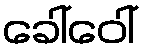
ခေါ်ဝေါ်